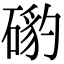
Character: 𥔰